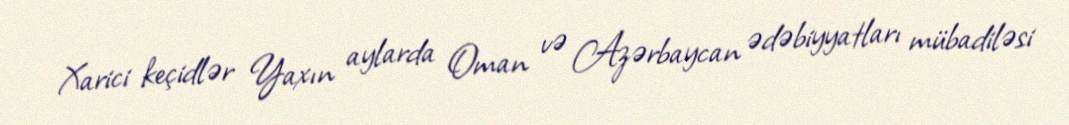
Xarici keçidlər Yaxın aylarda Oman və Azərbaycan ədəbiyyatları mübadiləsi